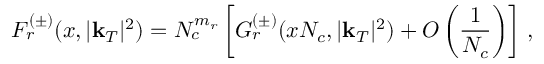
F _ { r } ^ { ( \pm ) } ( x , | \mathbf { k } _ { T } | ^ { 2 } ) = N _ { c } ^ { m _ { r } } \left[ G _ { r } ^ { ( \pm ) } ( x N _ { c } , | \mathbf { k } _ { T } | ^ { 2 } ) + O \left( \frac { 1 } { N _ { c } } \right) \right] \, ,